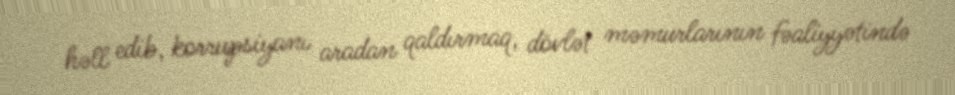
həll edib, korrupsiyanı aradan qaldırmaq, dövlət məmurlarının fəaliyyətində